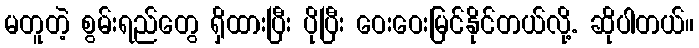
မတူတဲ့ စွမ်းရည်တွေ ရှိထားပြီး ပိုပြီး ဝေးဝေးမြင်နိုင်တယ်လို့. ဆိုပါတယ်။